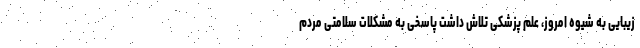
زیبایی به شیوه امروز، علم پزشکی تلاش داشت پاسخی به مشکلات سلامتی مردم